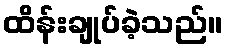
ထိန်းချုပ်ခဲ့သည်။